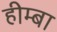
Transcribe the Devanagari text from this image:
हीम्बा